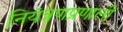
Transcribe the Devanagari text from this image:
नियंत्रणप्रणाली